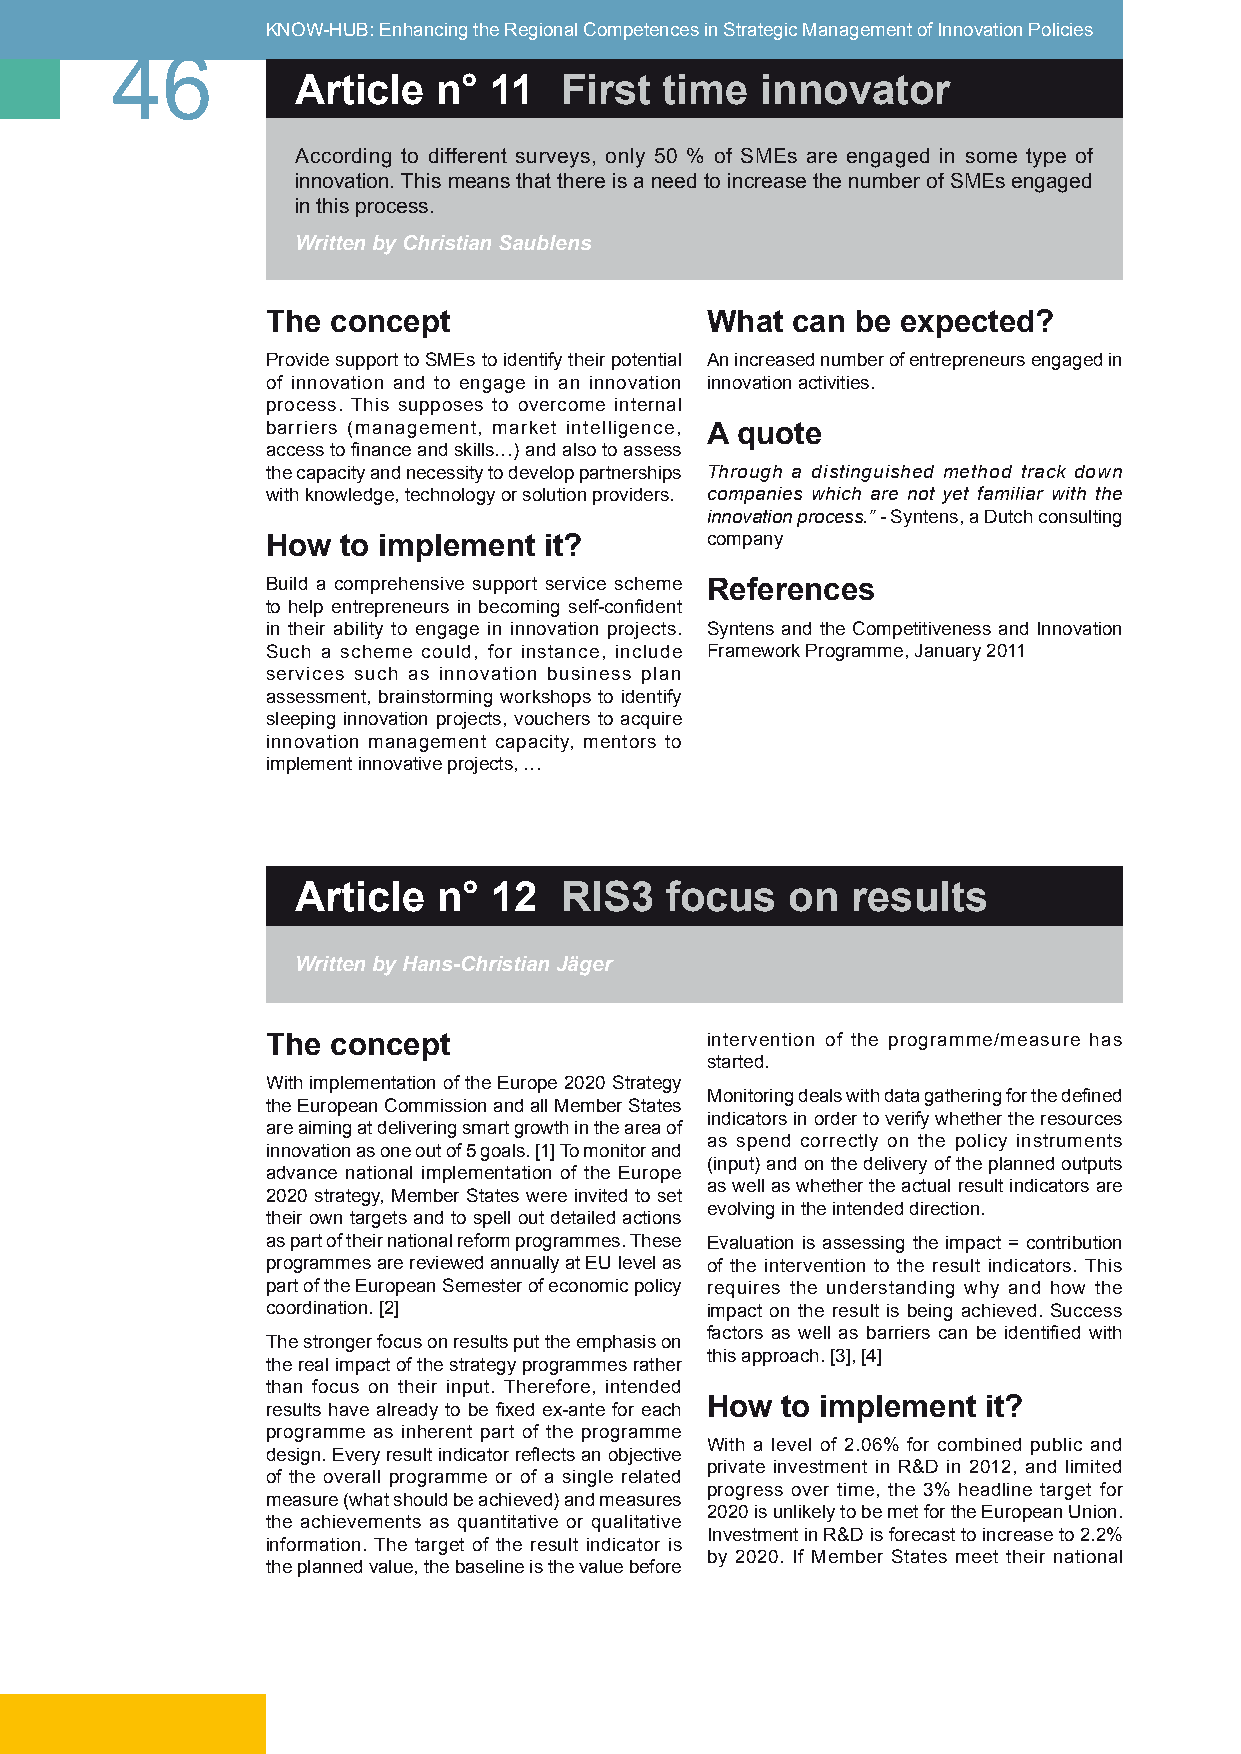
KNOW-HUB: Enhancing the Regional Competences in Strategic Management of Innovation Policies
 46
 Article  n° 11   First  time  innovator
 According to different surveys, only 50 % of SMEs are engaged in some type of
 innovation. This means that there is a need to increase the number of SMEs engaged
 in this process.
 Written by Christian Saublens
 The concept                  What can  be expected?
 Provide support to SMEs to identify their potential An increased number of entrepreneurs engaged in
 of innovation and to engage in an innovation innovation activities.
 process. This supposes to overcome internal
 barriers (management, market intelligence, A quote
 access to finance and skills…) and also to assess
 the capacity and necessity to develop partnerships Through a distinguished method track down
 with knowledge, technology or solution providers. companies which are not yet familiar with the
 innovation process.” - Syntens, a Dutch consulting
 How  to implement it?        company
 Build a comprehensive support service scheme References
 to help entrepreneurs in becoming self-confident
 in their ability to engage in innovation projects. Syntens and the Competitiveness and Innovation
 Such a scheme could, for instance, include Framework Programme, January 2011
 services such as innovation business plan
 assessment, brainstorming workshops to identify
 sleeping innovation projects, vouchers to acquire
 innovation management capacity, mentors to
 implement innovative projects, …
 Article  n° 12   RIS3   focus   on  results
 Written by Hans-Christian Jäger
 The concept                  intervention of the programme/measure has
 started.
 With implementation of the Europe 2020 Strategy
 Monitoring deals with data gathering for the defined
 the European Commission and all Member States
 indicators in order to verify whether the resources
 are aiming at delivering smart growth in the area of
 as spend correctly on the policy instruments
 innovation as one out of 5 goals. [1] To monitor and
 (input) and on the delivery of the planned outputs
 advance national implementation of the Europe
 as well as whether the actual result indicators are
 2020 strategy, Member States were invited to set
 evolving in the intended direction.
 their own targets and to spell out detailed actions
 as part of their national reform programmes. These Evaluation is assessing the impact = contribution
 programmes are reviewed annually at EU level as of the intervention to the result indicators. This
 part of the European Semester of economic policy requires the understanding why and how the
 coordination. [2]            impact on the result is being achieved. Success
 factors as well as barriers can be identified with
 The stronger focus on results put the emphasis on
 this approach. [3], [4]
 the real impact of the strategy programmes rather
 than focus on their input. Therefore, intended
 results have already to be fixed ex-ante for each How to implement it?
 programme as inherent part of the programme
 With a level of 2.06% for combined public and
 design. Every result indicator reflects an objective
 private investment in R&D in 2012, and limited
 of the overall programme or of a single related
 progress over time, the 3% headline target for
 measure (what should be achieved) and measures
 2020 is unlikely to be met for the European Union.
 the achievements as quantitative or qualitative
 Investment in R&D is forecast to increase to 2.2%
 information. The target of the result indicator is
 by 2020. If Member States meet their national
 the planned value, the baseline is the value before